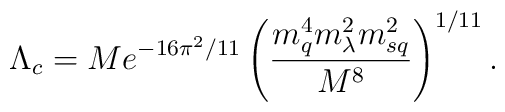
\Lambda_{c} = M e^{-16\pi^2/11}\left(\frac{m_q^4 m_\lambda^2 m_{sq}^2}{M^8}\right)^{1/11}.